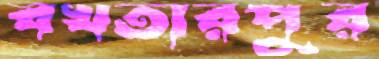
বখতারপুর